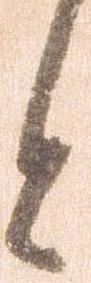
と